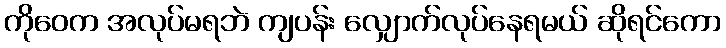
ကိုဝေက အလုပ်မရဘဲ ကျပန်း လျှောက်လုပ်နေရမယ် ဆိုရင်ကော